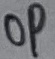
Text: OP